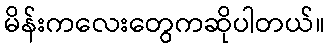
မိန်းကလေးတွေကဆိုပါတယ်။